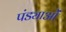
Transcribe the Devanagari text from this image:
पंड्याओं